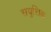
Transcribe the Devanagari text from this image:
सयुत्तिक